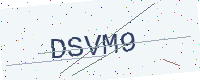
Text: DSVM9